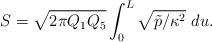
LaTeX: \begin{align*}S = \sqrt{2 \pi Q_1 Q_5} \int_0^L \sqrt{\tilde{p}/\kappa^2}\ du.\end{align*}